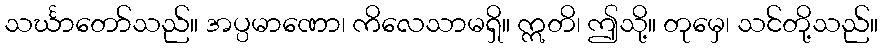
သင်္ဃာတော်သည်။ အပ္ပမာဏော၊ ကိလေသာမရှိ။ ဣတိ၊ ဤသို့။ တုမှေ၊ သင်တို့သည်။